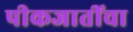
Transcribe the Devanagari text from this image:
पीकजातींचा